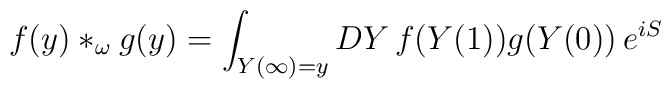
f(y) \ast_{\omega} g(y) = \int_{Y(\infty) = y} DY \, f (Y(1)) g(Y(0)) \, e^{i S}